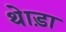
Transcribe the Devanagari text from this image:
थेाड़ा